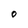
Character: O